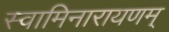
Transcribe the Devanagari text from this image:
स्वामिनारायणम्